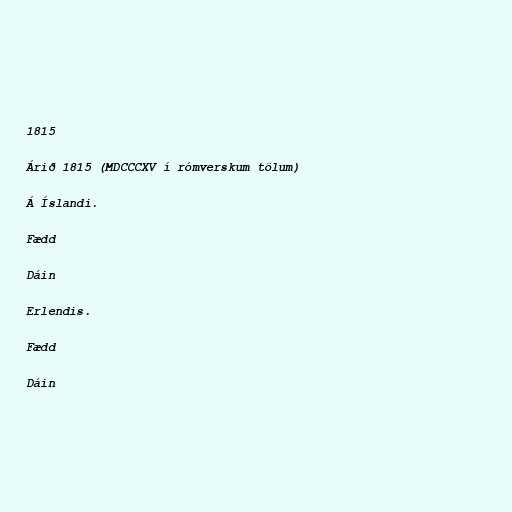
1815

Árið 1815 (MDCCCXV í rómverskum tölum)

Á Íslandi.

Fædd

Dáin

Erlendis.

Fædd

Dáin